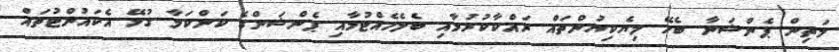
މަތިން ޕެންޝަނާ ބެހޭ ލިޔެކިޔުންތައް ރައްކާކުރުމާއި ބެލެހެއްޓުމާއި ޕެންޝަންގެ ކަންކަމާ ގުޅޭ އެކައުންޓުތައް